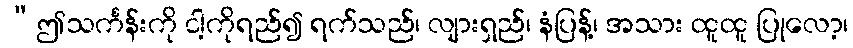
“ဤသင်္ကန်းကို ငါ့ကိုရည်၍ ရက်သည်၊ လျားရှည်၊ နံပြန့်၊ အသား ထူထူ ပြုလော့၊